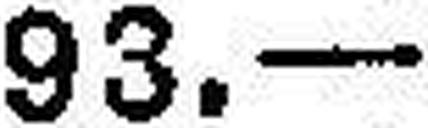
93.—